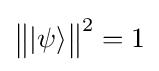
{\big \|}|\psi \rangle {\big \|}^{2}=1